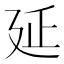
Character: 延